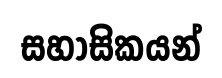
සහාසිකයන්